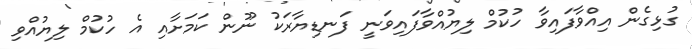
ގުޅިގެން އިއްވާފައިވާ ހުކުމް ލިޔުއްވާފައިވަނީ ފަނޑިޔާރަކު ނޫން ކަމަށާއި އެ ހުކުމް ލިޔުއްވި